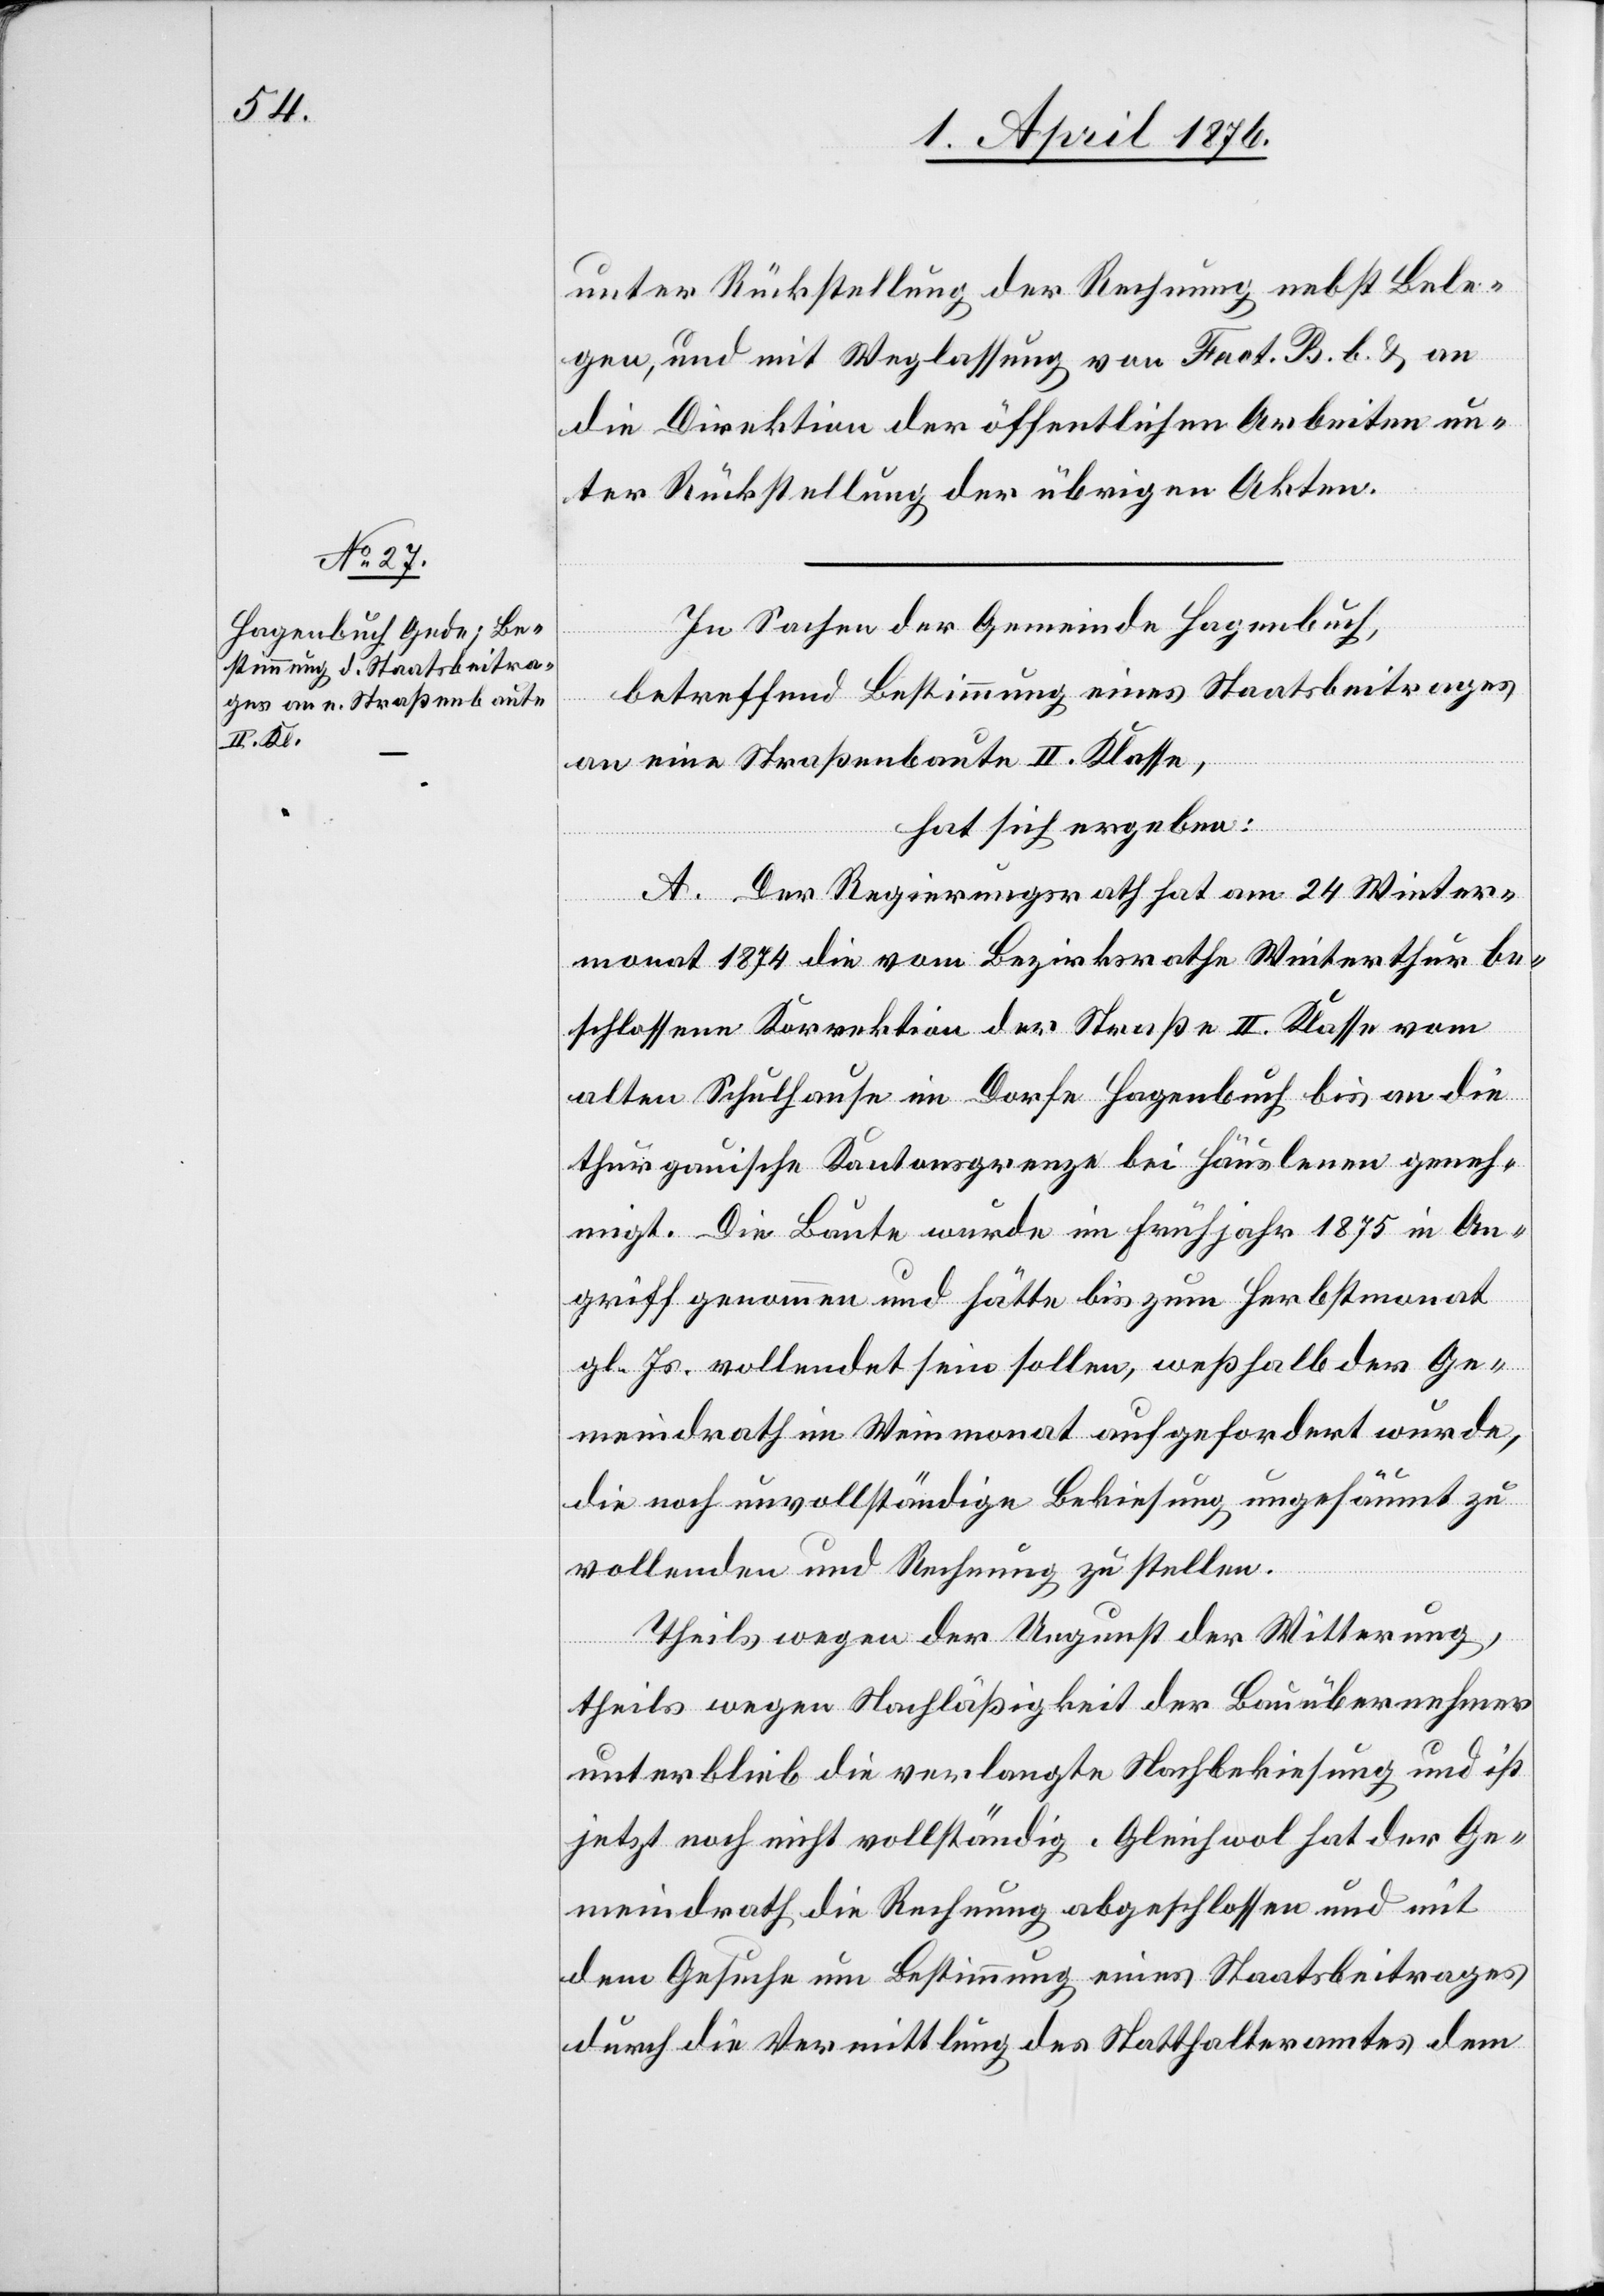
unter Rückstellung der Rechnung nebst Bele¬
gen, und mit Weglassung von Fact. B. b. & an
die Direktion der öffentlichen Arbeiten un¬
ter Rückstellung der übrigen Akten.
In Sachen der Gemeinde Hagenbach,
betreffend Bestimmung eines Staatsbeitrages
an eine Straßenbaute II. Klasse,
hat sich ergeben:
A. Der Regierungsrath hat am 24. Winter¬
monat 1874 die vom Bezirksrathe Winterthur be¬
schlossene Korrektion der Straße II. Klasse vom
alten Schulhause im Dorfe Hagenbach bis an die
thurgauische Kantonsgrenze bei Häuslenen geneh¬
migt. Die Baute wurde im Frühjahr 1875 in An¬
griff genommen und hätte bis zum Herbstmonat
gl. Js. vollendet sein sollen, weßhalb der Ge¬
meindrath im Weinmonat aufgefordert wurde,
die noch unvollständige Bekiesung ungesäumt zu
vollenden und Rechnung zu stellen.
Theils wegen der Ungunst der Witterung,
theils wegen Nachläßigkeit der Bauübernehmer
unterblieb die verlangte Nachbekiesung und ist
jetzt noch nicht vollständig. Gleichwol hat der Ge¬
meindrath die Rechnung abgeschlossen und mit
dem Gesuche um Bestimmung eines Staatsbeitrages
durch die Vermittlung des Statthalteramtes dem